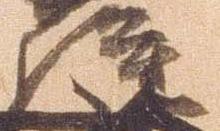
隆